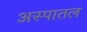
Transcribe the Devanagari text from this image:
अस्पातल